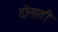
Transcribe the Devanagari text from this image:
दोनाती